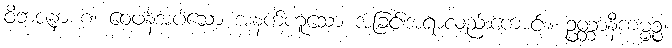
ဝိဘဇနာ စ၊ ဝေဖန်အပ်သော အနက်ဟူသော အခြင်းအရာလည်းကောင်း။ ဥတ္တာနီကမ္မဉ္စ၊